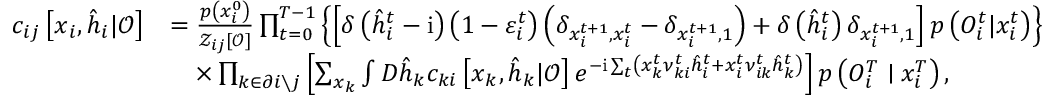
\begin{array} { r l } { c _ { i j } \left[ \boldsymbol { x } _ { i } , \hat { \boldsymbol { h } } _ { i } | \boldsymbol { \mathcal { O } } \right] } & { = \frac { p \left( x _ { i } ^ { 0 } \right) } { \mathcal { Z } _ { i j } [ \boldsymbol { \mathcal { O } } ] } \prod _ { t = 0 } ^ { T - 1 } \left\{ \left[ \delta \left( \hat { h } _ { i } ^ { t } - \mathrm { i } \right) \left( 1 - \varepsilon _ { i } ^ { t } \right) \left( \delta _ { x _ { i } ^ { t + 1 } , x _ { i } ^ { t } } - \delta _ { x _ { i } ^ { t + 1 } , 1 } \right) + \delta \left( \hat { h } _ { i } ^ { t } \right) \delta _ { x _ { i } ^ { t + 1 } , 1 } \right] p \left( { O } _ { i } ^ { t } | x _ { i } ^ { t } \right) \right\} } \\ & { \quad \times \prod _ { k \in \partial i \setminus j } \left[ \sum _ { \boldsymbol { x } _ { k } } \int D \hat { \boldsymbol { h } } _ { k } c _ { k i } \left[ \boldsymbol { x } _ { k } , \hat { \boldsymbol { h } } _ { k } | \boldsymbol { \mathcal { O } } \right] e ^ { - \mathrm { i } \sum _ { t } \left( x _ { k } ^ { t } \nu _ { k i } ^ { t } \hat { h } _ { i } ^ { t } + x _ { i } ^ { t } \nu _ { i k } ^ { t } \hat { h } _ { k } ^ { t } \right) } \right] p \left( { O } _ { i } ^ { T } \mid x _ { i } ^ { T } \right) , } \end{array}